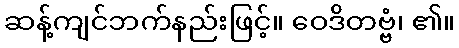
ဆန့်ကျင်ဘက်နည်းဖြင့်။ ဝေဒိတဗ္ဗံ၊ ၏။